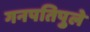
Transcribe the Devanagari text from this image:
गनपतिपुले